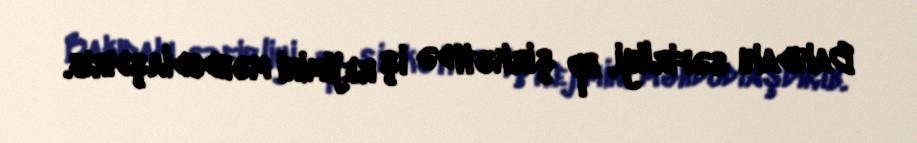
Bakıdakı səfirliyi, bp şirkəti də iş rejimini məhdudlaşdırıb.